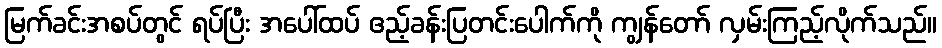
မြက်ခင်းအစပ်တွင် ရပ်ပြီး အပေါ်ထပ် ဧည့်ခန်းပြတင်းပေါက်ကို ကျွန်တော် လှမ်းကြည့်လိုက်သည်။